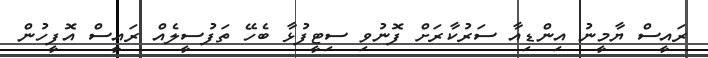
ރައީސް ޔާމީނު އިންޑިއާ ސަރުކާރަށް ފޮނުވި ސިޓީފުޅާ ބެހޭ ތަފުސީލެއް ރައީސް އޮފީހުން